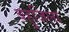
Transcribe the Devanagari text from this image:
बहुजिला